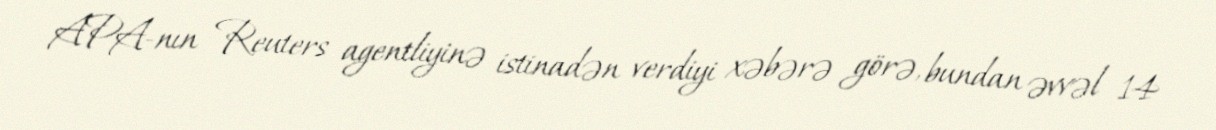
APA-nın Reuters agentliyinə istinadən verdiyi xəbərə görə, bundan əvvəl 14